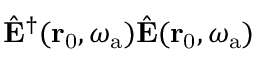
\hat { \mathbf { E } } ^ { \dagger } ( \mathbf { r } _ { \mathrm { 0 } } , \omega _ { \mathrm { a } } ) \hat { \mathbf { E } } ( \mathbf { r } _ { \mathrm { 0 } } , \omega _ { \mathrm { a } } )